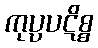
ကုပ္ပပဋိစ္စ